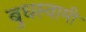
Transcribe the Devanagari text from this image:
बुधस्वामी